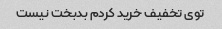
توی تخفیف خرید کردم بدبخت نیست